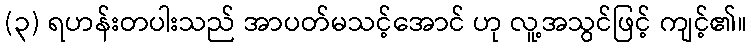
(၃) ရဟန်းတပါးသည် အာပတ်မသင့်အောင် ဟု လူ့အသွင်ဖြင့် ကျင့်၏။